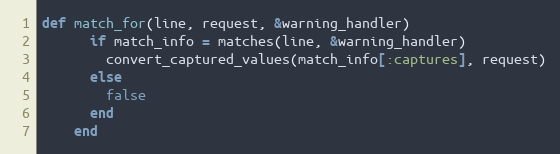
Language: Ruby
def match_for(line, request, &warning_handler)
      if match_info = matches(line, &warning_handler)
        convert_captured_values(match_info[:captures], request)
      else
        false
      end
    end